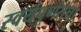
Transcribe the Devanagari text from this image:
स्वयंपूर्णतेचा